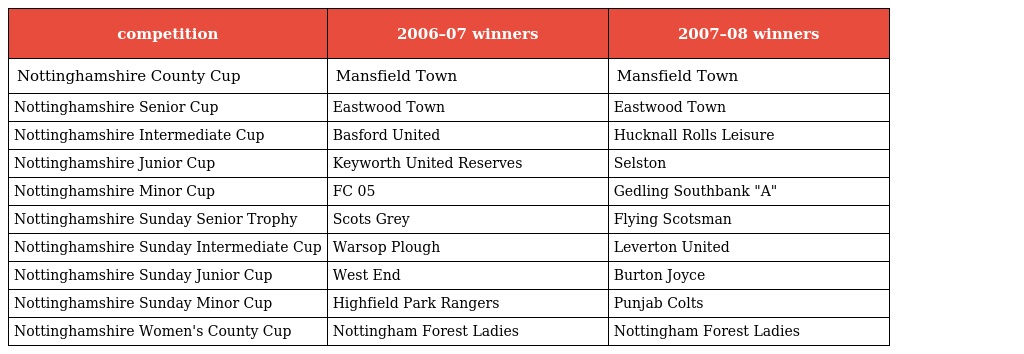
| competition | 2006–07 winners | 2007–08 winners |
 | --- | --- | --- |
 | Nottinghamshire County Cup | Mansfield Town | Mansfield Town |
 | Nottinghamshire Senior Cup | Eastwood Town | Eastwood Town |
 | Nottinghamshire Intermediate Cup | Basford United | Hucknall Rolls Leisure |
 | Nottinghamshire Junior Cup | Keyworth United Reserves | Selston |
 | Nottinghamshire Minor Cup | FC 05 | Gedling Southbank "A" |
 | Nottinghamshire Sunday Senior Trophy | Scots Grey | Flying Scotsman |
 | Nottinghamshire Sunday Intermediate Cup | Warsop Plough | Leverton United |
 | Nottinghamshire Sunday Junior Cup | West End | Burton Joyce |
 | Nottinghamshire Sunday Minor Cup | Highfield Park Rangers | Punjab Colts |
 | Nottinghamshire Women's County Cup | Nottingham Forest Ladies | Nottingham Forest Ladies |